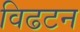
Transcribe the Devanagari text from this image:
विढटन